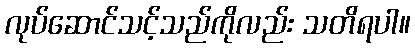
လုပ်ဆောင်သင့်သည်ကိုလည်း သတိရပါ။